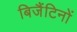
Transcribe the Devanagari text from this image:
बिजैंटिनों